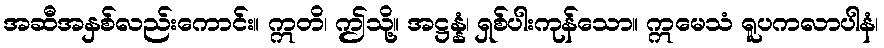
အဆီအနှစ်လည်းကောင်း။ ဣတိ၊ ဤသို့။ အဋ္ဌန္နံ၊ ရှစ်ပါးကုန်သော။ ဣမေသံ ရူပကလာပါနံ၊